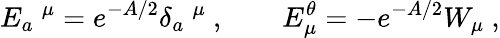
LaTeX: E_{a}\ ^{\mu}=e^{-A/2}\delta_{a}\ ^{\mu}~,\qquad E_{\mu}^{\theta}=-e^{-A/2}W_{\mu}~,